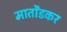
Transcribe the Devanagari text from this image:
मार्तोंडकर